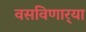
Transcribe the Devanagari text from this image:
वसविणार्‍या